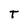
Character: T